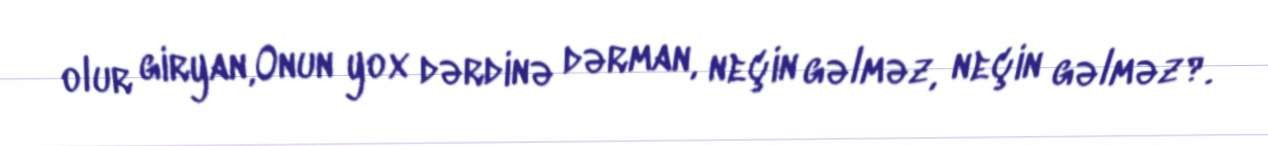
olur giryan,Onun yox dərdinə dərman, neçin gəlməz, neçin gəlməz?.